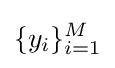
\{y_{i}\}_{i=1}^{M}